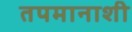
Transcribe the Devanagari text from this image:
तपमानाशी